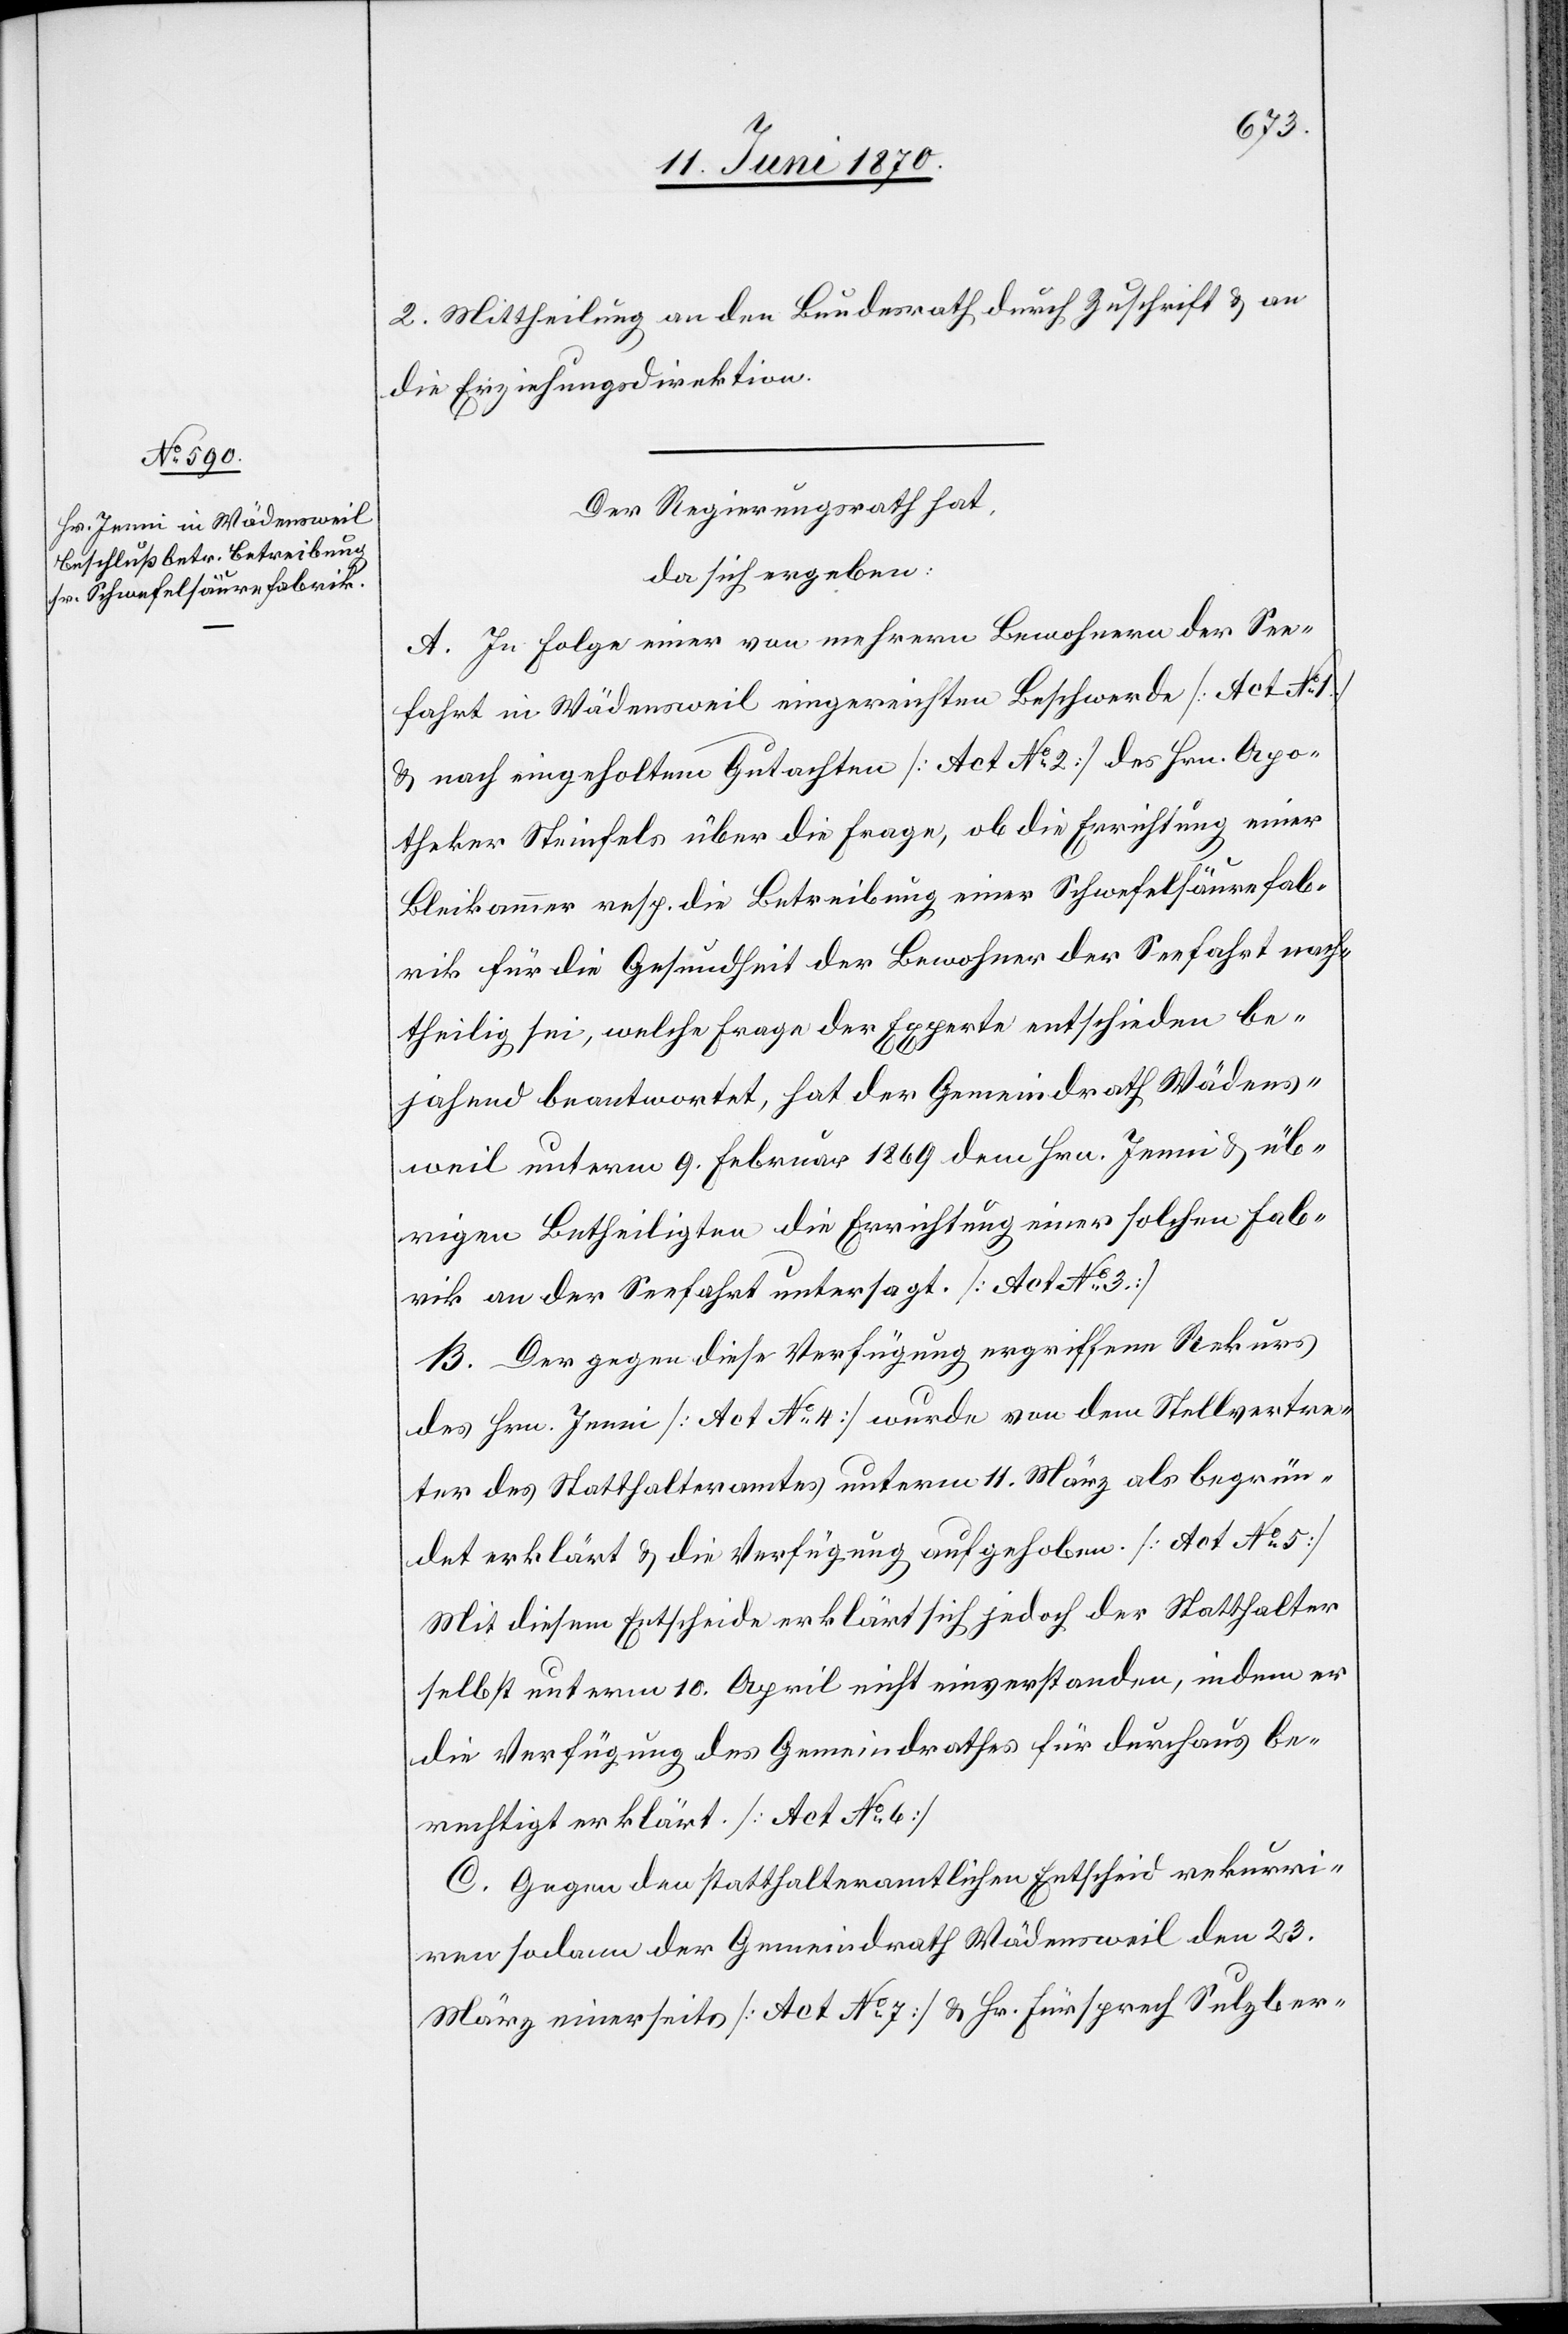
2. Mittheilung an den Bundesrath durch Zuschrift & an
die Erziehungsdirektion.